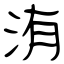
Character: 洧